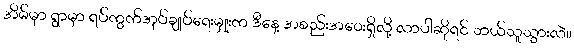
အိမ်မှာ ရွာမှာ ရပ်ကွက်အုပ်ချုပ်ရေးမှူးက ဒီနေ့ အစည်းအဝေးရှိလို့ လာပါဆိုရင် ဘယ်သူသွားလဲ။